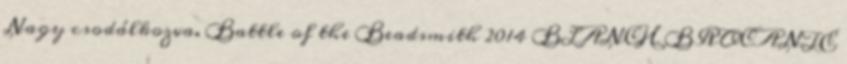
Nagy csodálkozva. Battle of the Beadsmith 2014 BLANCH BROCANTE